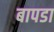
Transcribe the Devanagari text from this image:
बापडा